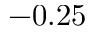
- 0 . 2 5